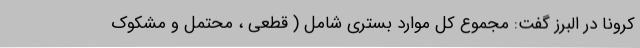
کرونا در البرز گفت: مجموع کل موارد بستری شامل ( قطعی ، محتمل و مشکوک